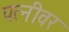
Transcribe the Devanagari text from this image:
पत्‍नीवर